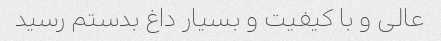
عالی و با کیفیت و بسیار داغ بدستم رسید